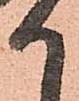
か